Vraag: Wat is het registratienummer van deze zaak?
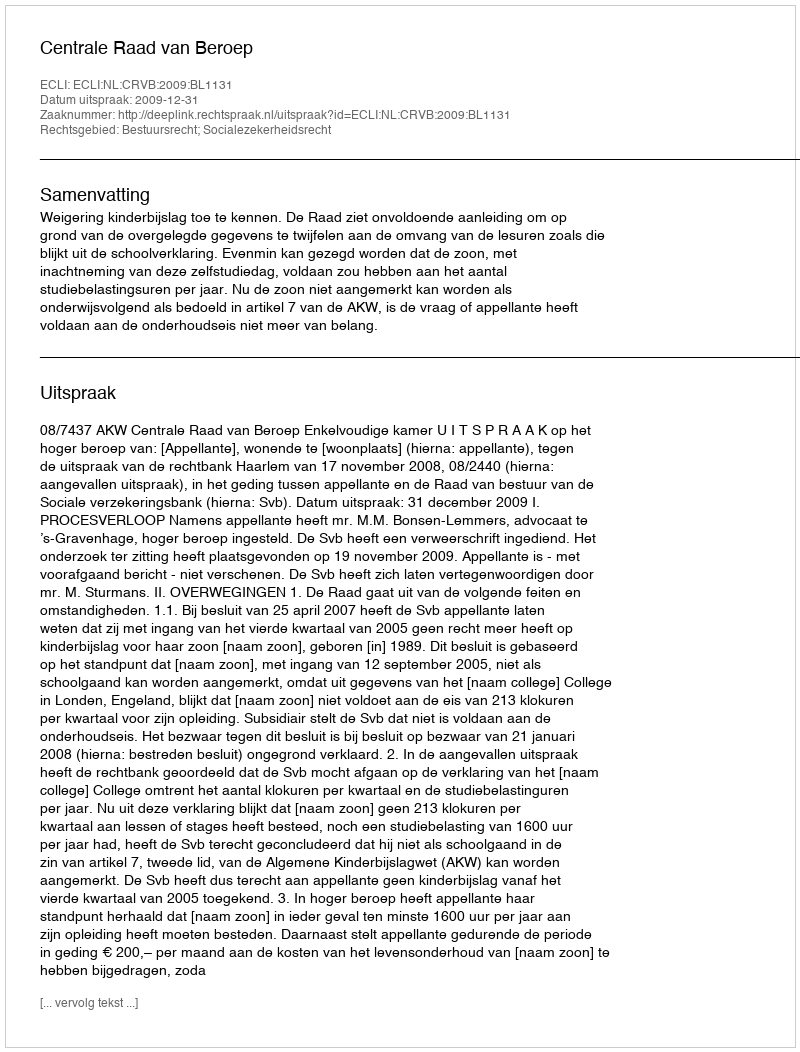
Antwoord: http://deeplink.rechtspraak.nl/uitspraak?id=ECLI:NL:CRVB:2009:BL1131